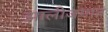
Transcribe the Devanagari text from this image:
झालीजगात